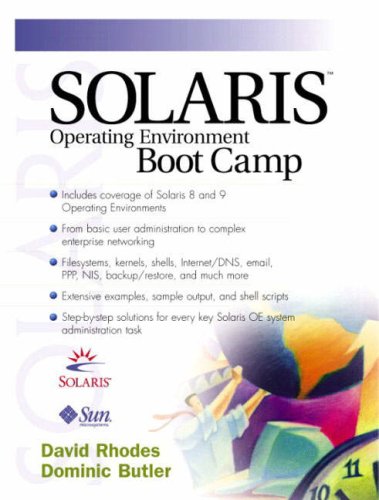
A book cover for Solaris Operating Environment Boot Camp; David Rhodes; Computers & Technology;